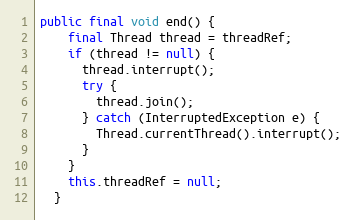
Language: Java
public final void end() {
    final Thread thread = threadRef;
    if (thread != null) {
      thread.interrupt();
      try {
        thread.join();
      } catch (InterruptedException e) {
        Thread.currentThread().interrupt();
      }
    }
    this.threadRef = null;
  }